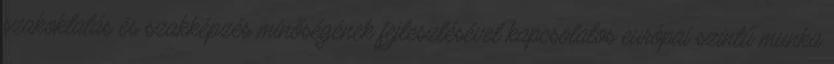
szakoktatás és szakképzés minőségének fejlesztésével kapcsolatos európai szintű munka